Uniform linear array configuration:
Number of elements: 32
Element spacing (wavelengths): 0.75
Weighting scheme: hann
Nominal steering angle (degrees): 30
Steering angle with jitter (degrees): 28.435
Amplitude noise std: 0.05
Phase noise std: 0.05

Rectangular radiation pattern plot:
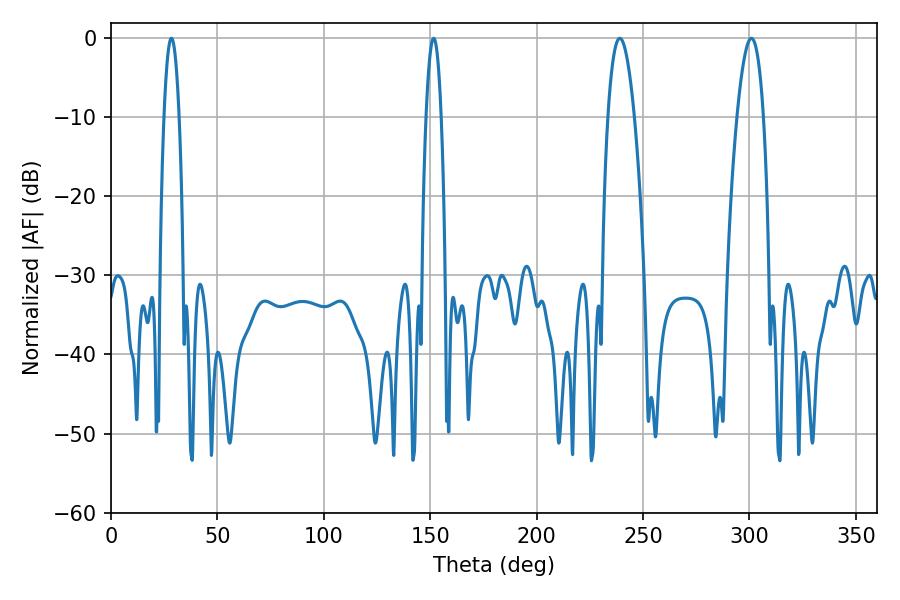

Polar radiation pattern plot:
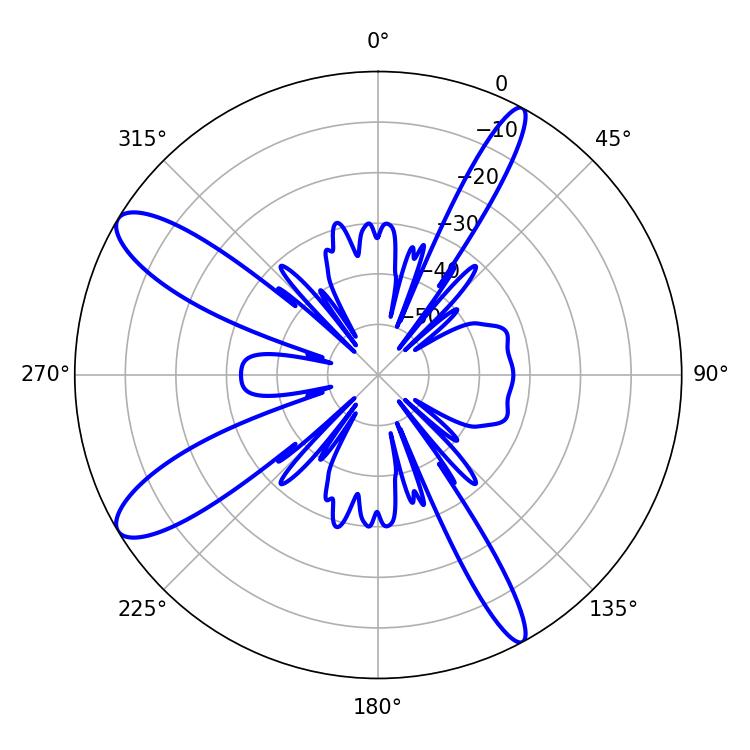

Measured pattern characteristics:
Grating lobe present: TRUE
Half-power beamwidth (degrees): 6.84
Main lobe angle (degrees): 300.96